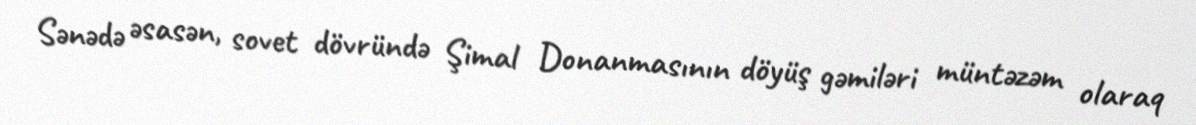
Sənədə əsasən, sovet dövründə Şimal Donanmasının döyüş gəmiləri müntəzəm olaraq